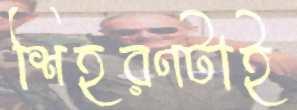
শিহরণটাই